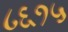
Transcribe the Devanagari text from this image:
८६१५